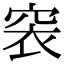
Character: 𥥴